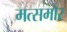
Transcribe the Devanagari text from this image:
मत्समोर